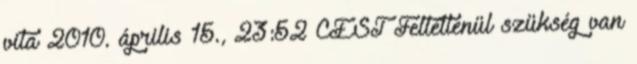
vita 2010. április 15., 23:52 CEST Feltétlenül szükség van